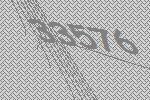
33576